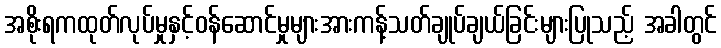
အစိုးရကထုတ်လုပ်မှုနှင့်ဝန်ဆောင်မှုများအားကန့်သတ်ချုပ်ချယ်ခြင်းများပြုသည့် အခါတွင်